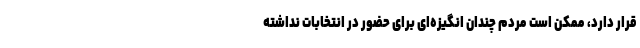
قرار دارد، ممکن است مردم چندان انگیزه‌ای برای حضور در انتخابات نداشته